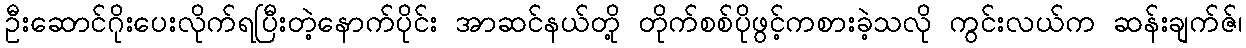
ဦးဆောင်ဂိုးပေးလိုက်ရပြီးတဲ့နောက်ပိုင်း အာဆင်နယ်တို့ တိုက်စစ်ပိုဖွင့်ကစားခဲ့သလို ကွင်းလယ်က ဆန်းချက်ဇ်၊